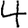
Digit: 4